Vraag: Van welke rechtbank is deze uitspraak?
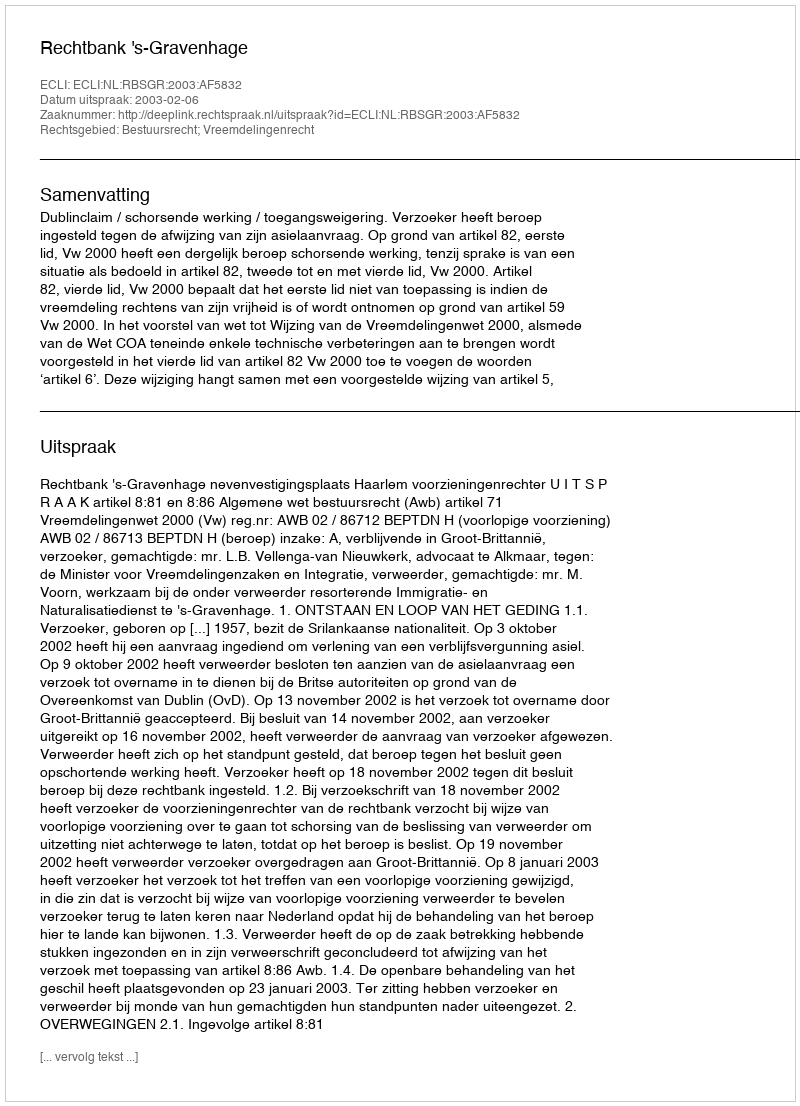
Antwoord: Rechtbank 's-Gravenhage